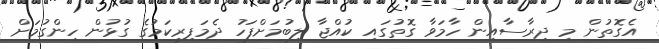
އެގޮތުން މި ދިރާސާއިން ހާމަވާ ގޮތުގައި ކުއްޖާ ލިބުމަށްފަހު ދެމަފިރިކަމުގެ ގުޅުން ހިންގުމަށް